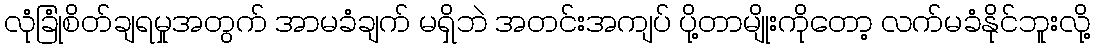
လုံခြုံစိတ်ချရမှုအတွက် အာမခံချက် မရှိဘဲ အတင်းအကျပ် ပို့တာမျိုးကိုတော့ လက်မခံနိုင်ဘူးလို့